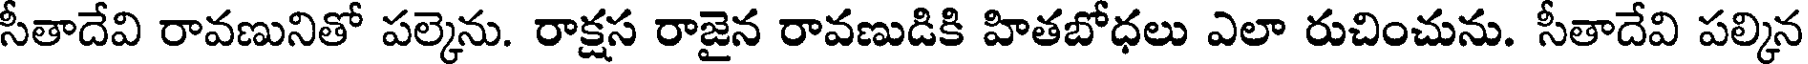
సీతాదేవి రావణునితో పల్కెను. రాక్షస రాజైన రావణుడికి హితబోధలు ఎలా రుచించును. సీతాదేవి పల్కిన